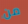
من